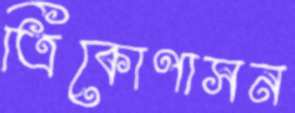
ত্রিকোণাসন